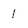
Character: 1